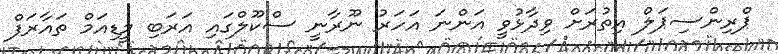
ޕްރިންސިޕަލް އިތުރަށް ވިދާޅުވީ އަންނަ އަހަރު ނޫރާނީ ސްކޫލްގައި އަރަބި މީޑިއަމް ތައާރަފް